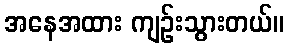
အနေအထား ကျဉ်းသွားတယ်။